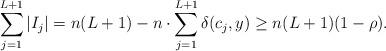
LaTeX: \begin{align*}\sum_{j=1}^{L+1}|I_j|=n (L+1) -n\cdot\sum_{j=1}^{L+1}\delta(c_j, y)\geq n(L+1)(1-\rho).\end{align*}